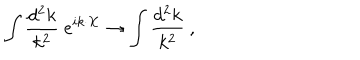
LaTeX: \int { \frac { d ^ { 2 } k } { k ^ { 2 } } } ~ e ^ { i k \cdot X } \rightarrow \int { \frac { d ^ { 2 } k } { k ^ { 2 } } } ~ ,